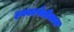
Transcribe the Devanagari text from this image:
हक्कापेलीत्तास